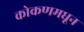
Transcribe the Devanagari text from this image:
कोकणमधून